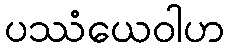
ပဿံယေဝါဟ